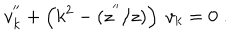
v _ { k } ^ { ' ^ { \prime } } + \left( k ^ { 2 } - ( z ^ { ' ^ { \prime } } / z ) \right) ~ v _ { k } = 0 \; .